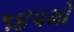
૧૪૫મો